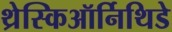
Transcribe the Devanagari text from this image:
थ्रेस्किऑर्निथिडे